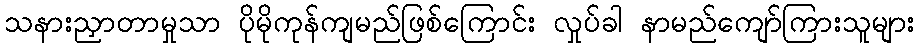
သနားညှာတာမှုသာ ပိုမိုကုန်ကျမည်ဖြစ်ကြောင်း လှုပ်ခါ နာမည်ကျော်ကြားသူများ